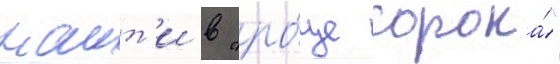
наит'и в "ро́ще сорока́"